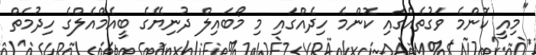
"މިއީ ކޮންމެ ވަގުތެއްގައި ކޮންމެ ހިދެއްގައި މި މޯބައިލް ދުނިޔޭގެ ބީއެމްއެލްގެ ހިދުމަތް